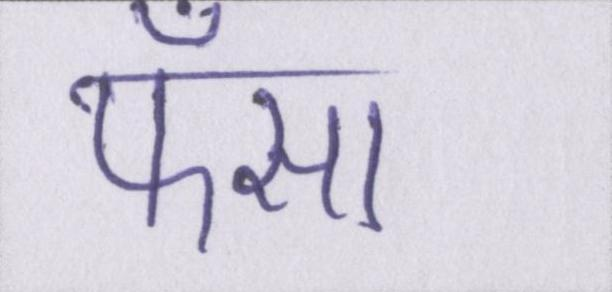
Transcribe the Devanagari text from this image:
फँसा